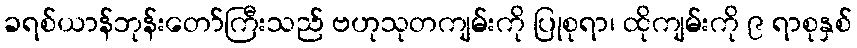
ခရစ်ယာန်ဘုန်းတော်ကြီးသည် ဗဟုသုတကျမ်းကို ပြုစုရာ၊ ထိုကျမ်းကို ၉ ရာစုနှစ်